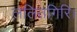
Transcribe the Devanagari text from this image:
ललितगिरि।